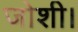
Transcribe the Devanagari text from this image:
जोशी।